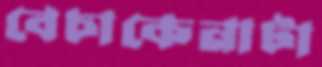
বেচাকেনাটা